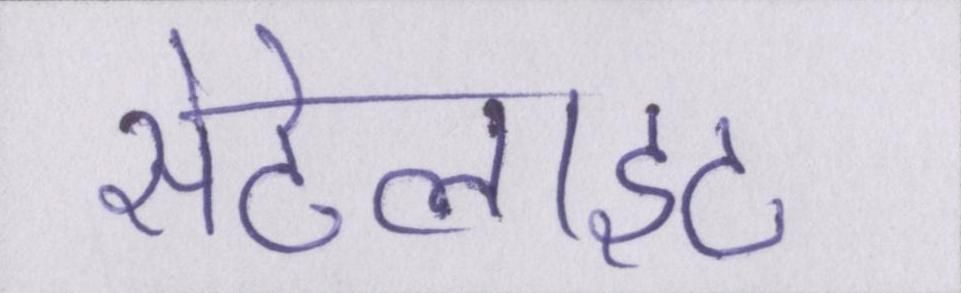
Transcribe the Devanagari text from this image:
सेटेलाइट